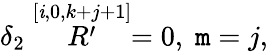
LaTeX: \delta_{2}\stackrel{[\mathit{i},0,k+j+1]}{R^{\prime}}=0,\; \mathtt{m}=j,